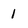
Character: 1